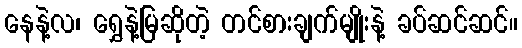
နေနဲ့လ၊ ရွှေနဲ့မြဆိုတဲ့ တင်စားချက်မျိုးနဲ့ ခပ်ဆင်ဆင်။